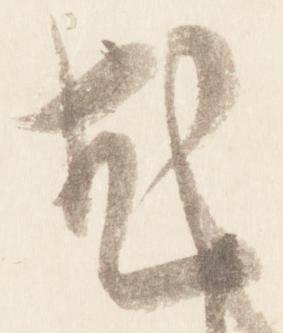
尤